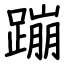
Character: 蹦